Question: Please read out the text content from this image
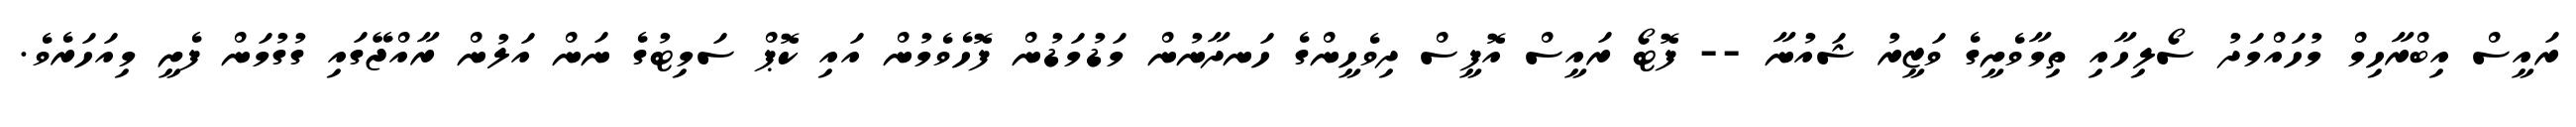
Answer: ރައީސް އިބްރާހިމް މުހައްމަދު ސޯލިހާއި ތިމާވެށީގެ ވަޒީރު ޝައުނާ -- ފޮޓޯ ރައީސް އޮފީސް ދިވެހީންގެ ހަނދާނުން މަޑުމަޑުން ފޮހެވެމުން އައި ކޮޕް ސަމިޓުގެ ނަން އަލުން ރާއްޖޭގައި ގުގުމަން ފެށީ މިއަހަރެވެ.